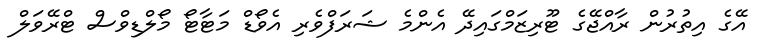
އޭގެ އިތުރުން ރާއްޖޭގެ ޓޫރިޒަމްގައިދޭ އެންމެ ޝަރަފްވެރި އެވޯޑް މަޓާޓޯ މޯލްޑިވްސް ޓްރޭވަލް